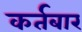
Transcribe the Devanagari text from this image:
कर्तबार